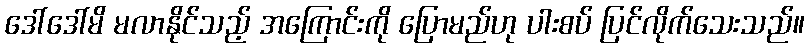
ဒေါ်ဒေါ်မိ မလာနိုင်သည့် အကြောင်းကို ပြောမည်ဟု ပါးစပ် ပြင်လိုက်သေးသည်။